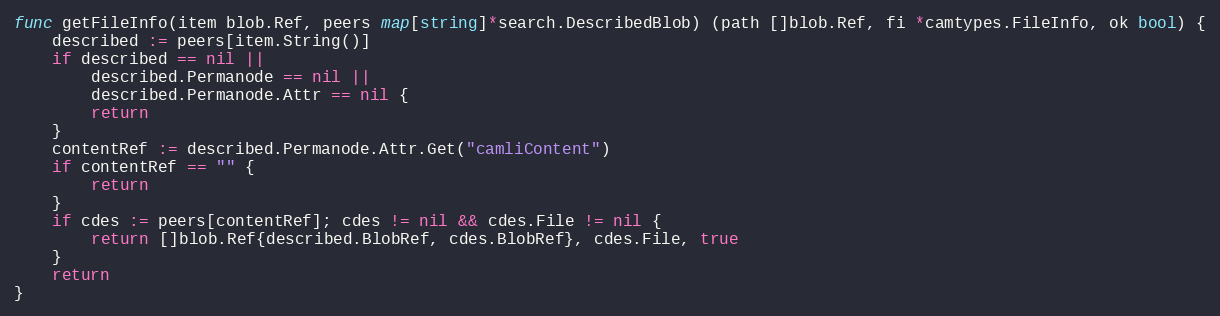
Language: Go
func getFileInfo(item blob.Ref, peers map[string]*search.DescribedBlob) (path []blob.Ref, fi *camtypes.FileInfo, ok bool) {
	described := peers[item.String()]
	if described == nil ||
		described.Permanode == nil ||
		described.Permanode.Attr == nil {
		return
	}
	contentRef := described.Permanode.Attr.Get("camliContent")
	if contentRef == "" {
		return
	}
	if cdes := peers[contentRef]; cdes != nil && cdes.File != nil {
		return []blob.Ref{described.BlobRef, cdes.BlobRef}, cdes.File, true
	}
	return
}